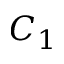
C _ { 1 }